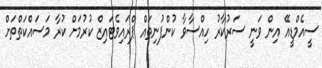
ސީއެމްޑީއޭ އިން ވަނީ ސަރުކާރު ހިއްސާވާ ކުންފުނިތައް ޕްރައިވެޓައިޒް ކުރުމަށް ކުރާ މަސައްކަތްތަށް